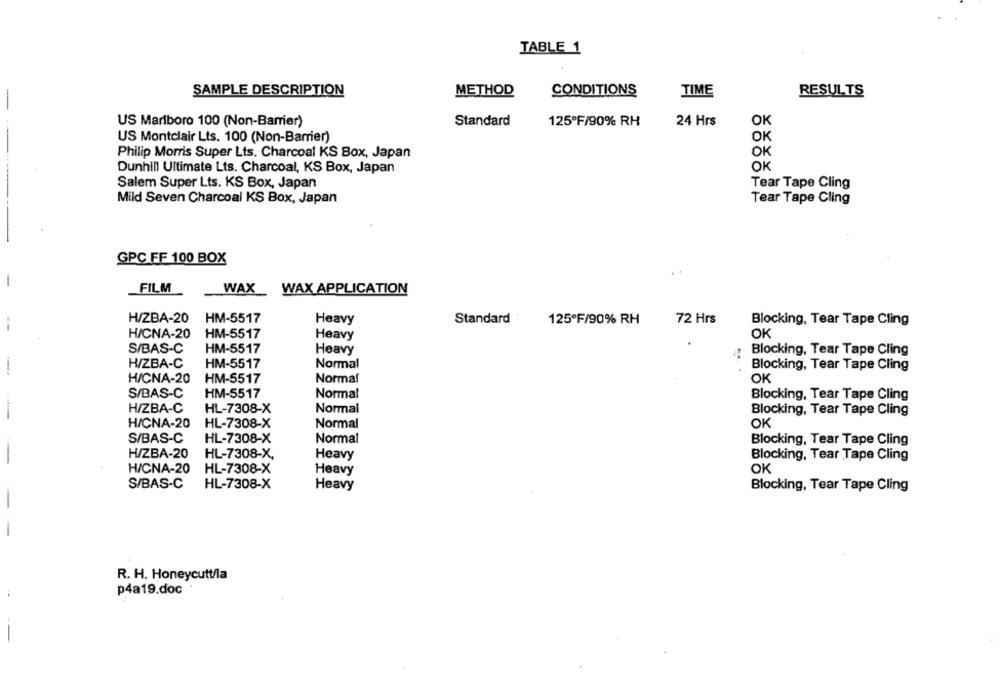
TABLE 1
SAMPLE DESCRIPTION
METHOD
CONDITIONS
TIME
RESULTS
-
US Marlboro 100 (Non-Barrier)
Standard
125ºF/90% RH
24 Hrs
OK
US Montclair Lts. 100 (Non-Barrier)
OK
OK
Philip Morris Super Lts. Charcoal KS Box, Japan
Dunhill Ultimate Lts. Charcoal, KS Box, Japan
OK
Salem Super Lts. KS Box, Japan
Tear Tape Cling
Mild Seven Charcoal KS Box, Japan
Tear Tape Cling
GPC FF 100 BOX
FILM
WAX_ WAX APPLICATION
H/ZBA-20
HM-5517
Heavy
Standard
125ºF/90% RH
72 Hrs
Blocking, Tear Tape Cling
H/CNA-20
HM-5517
Heavy
OK
S/BAS-C
HM-5517
Heavy
Blocking, Tear Tape Cling
H/ZBA-C
HM-5517
Normal
Blocking, Tear Tape Cling
H/CNA-20
HM-5517
Normal
OK
S/BAS-C
HM-5517
Normal
Blocking, Tear Tape Cling
H/ZBA-C
HL-7308-X
Normal
Blocking, Tear Tape Cling
H/CNA-20
HL-7308-X
Normal
OK
S/BAS-C
HL-7308-X
Normal
Blocking, Tear Tape Cling
H/ZBA-20
HL-7308-X,
Heavy
Blocking, Tear Tape Cling
H/CNA-20
HL-7308-X
Heavy
OK
S/BAS-C
HL-7308-X
Heavy
Blocking, Tear Tape Cling
-
R. H. Honeycutt/la
p4a19.doc .
-